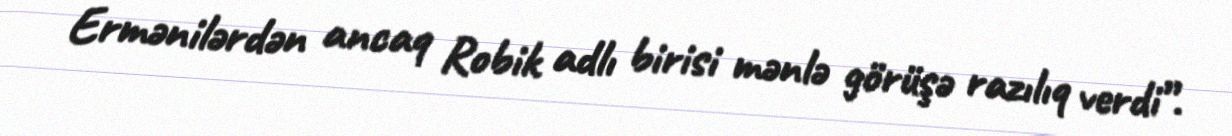
Ermənilərdən ancaq Robik adlı birisi mənlə görüşə razılıq verdi”.